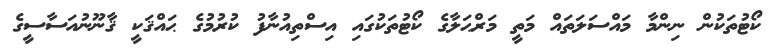
ކޯޓުތަކުން ނިންމާ މައްސަލަތައް މަތީ މަރްޙަލާގެ ކޯޓުތަކުގައި އިސްތިއުނާފު ކުރުމުގެ ޙައްޤަކީ ޤާނޫނުއަސާސީގެ